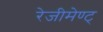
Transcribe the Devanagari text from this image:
रेजीमेण्ट्